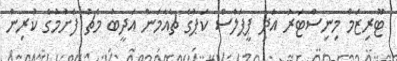
ޓޫރިޒަމް މިނިސްޓަރު އަދި ޕީޕަލްސް ކަޕުގެ ޗެއާމަން އަދީބު މެޗު ފެށުމުގެ ކުރިން